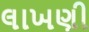
લાખણી